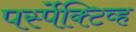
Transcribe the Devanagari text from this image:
पर्स्पेक्टिव्ह